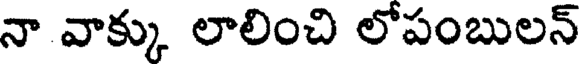
నా వాక్కు లాలించి లోపంబులన్